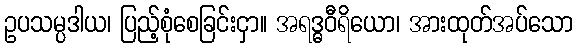
ဥပသမ္ပဒါယ၊ ပြည့်စုံစေခြင်းငှာ။ အရဒ္ဓဝီရိယော၊ အားထုတ်အပ်သော